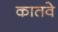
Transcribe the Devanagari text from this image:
कातवे